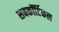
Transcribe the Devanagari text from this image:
सबकॉर्टिकल